Rangoon Lunatic Asylum 1878-1892 - 1878-1892
Year: 1878
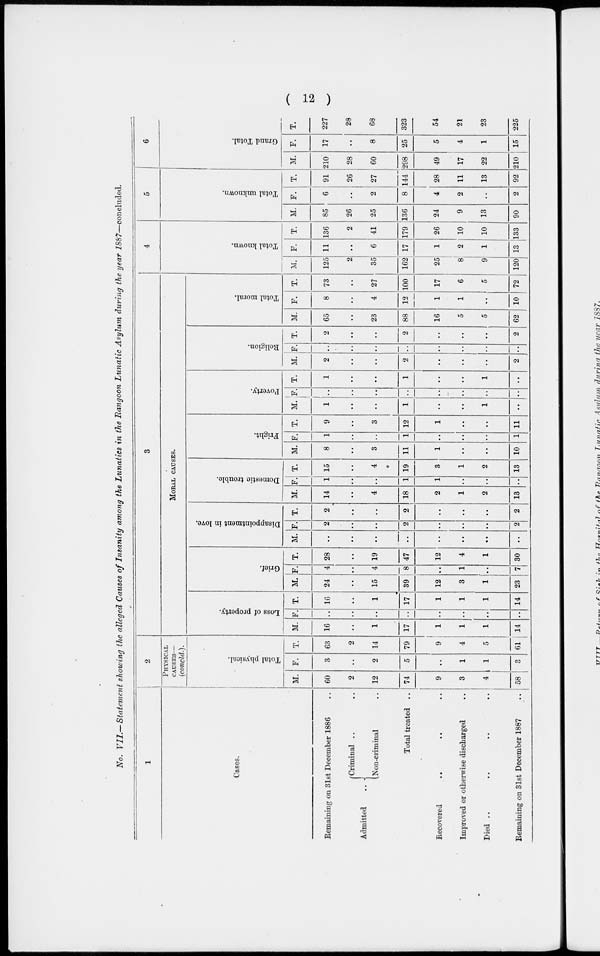
( 12 )
No. VII.— Statement showing the alleged Causes of Insanity among the Lunatics in the Rangoon Lunatic Asylum during the year 1887—concluded.
1
Cases.
Remaining on 31st December 1886 ..
Admitted
..
Criminal ..
Non-criminal ..
Total treated ..
Recovered
..
..
..
Improved or otherwise discharged ..
Died ..
..
..
..
Remaining on 31st December 1887
..
2
PHYSICAL
CAUSES—
(concld.).
Total physical.
M.
60
2
12
74
9
3
4
58
F.
3
..
2
5
..
1
1
3
T.
63
2
14
79
9
4
5
61
3
MORAL CAUSES.
Loss of property.
M.
16
..
1
17
1
1
1
14
F.
..
..
..
..
..
..
..
..
T.
16
..
1
17
1
1
1
14
Grief.
M.
24
..
15
39
12
3
1
23
F.
4
..
4
8
..
1
..
7
T.
28
..
19
47
12
4
1
30
Disappointment in love.
M.
..
..
..
..
..
..
..
..
F.
2
..
..
2
..
..
..
2
T.
2
..
..
2
..
..
..
2
Domestic trouble.
M.
14
..
4
18
2
1
2
13
F.
1
..
..
1
1
..
..
..
T.
15
..
4
19
3
1
2
13
Fright.
M.
8
..
3
11
1
..
..
10
F.
1
..
..
1
..
..
..
1
T.
9
..
3
12
1
..
..
11
Poverty.
M.
1
..
..
1
..
..
1
..
F.
..
..
..
..
..
..
..
..
T.
1
..
..
1
..
..
1
..
Religion.
M.
2
..
..
2
..
..
..
2
F.
..
..
..
..
..
..
..
..
T.
2
..
..
2
..
..
..
2
Total moral.
M.
65
..
23
88
16
5
5
62
F.
8
..
4
12
1
1
..
10
T.
73
..
27
100
17
6
5
72
4
Total known.
M.
125
2
35
162
25
8
9
120
F.
11
..
6
17
1
2
1
13
T.
136
2
41
179
26
10
10
133
5
Total unknown.
M.
85
26
25
136
24
9
13
90
F.
6
..
2
8
4
2
..
2
T.
91
26
27
144
28
11
13
92
6
Grand Total.
M.
210
28
60
298
49
17
22
210
F.
17
..
8
25
5
4
1
15
T.
227
28
68
323
54
21
23
225